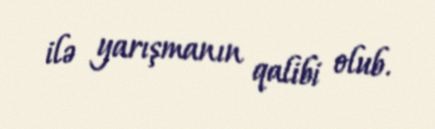
ilə yarışmanın qalibi olub.